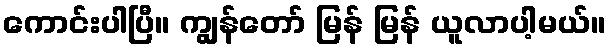
ကောင်းပါပြီ။ ကျွန်တော် မြန် မြန် ယူလာပါ့မယ်။